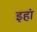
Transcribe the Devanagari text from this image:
इहां